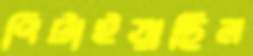
পিটাইয়াছিল